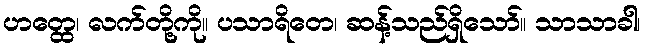
ဟတ္ထေ၊ လက်တို့ကို။ ပသာရိတေ၊ ဆန့်သည်ရှိသော်။ သာသာခါ၊